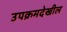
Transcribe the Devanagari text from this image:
उपक्रमदेखील